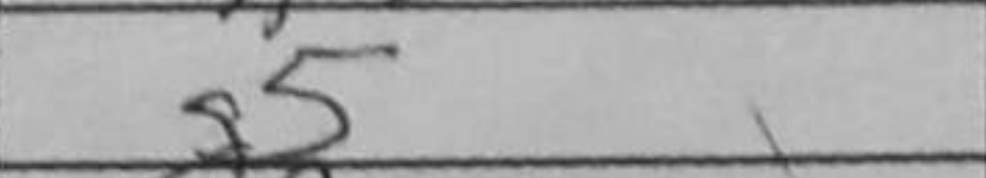
Transcription: g5